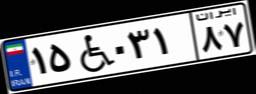
۱۵W۰۳۱۸۷